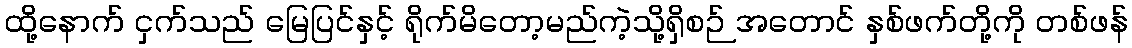
ထို့နောက် ငှက်သည် မြေပြင်နှင့် ရိုက်မိတော့မည်ကဲ့သို့ရှိစဉ် အတောင် နှစ်ဖက်တို့ကို တစ်ဖန်